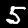
Label: 5